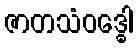
ဇာတသံဝဒ္ဓေါ